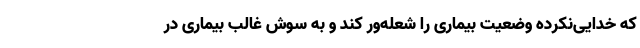
که خدایی‌نکرده وضعیت بیماری را شعله‌ور کند و به سوش غالب بیماری در